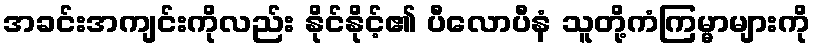
အခင်းအကျင်းကိုလည်း နိုင်နိုင့်၏ ပီလောပီနံ သူတို့ကံကြမ္မာများကို